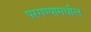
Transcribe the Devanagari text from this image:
परगण्यामधील